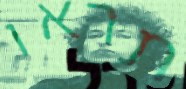
תראו